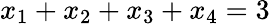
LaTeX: x_{1}+x_{2}+x_{3}+x_{4}=3